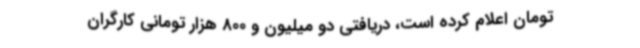
تومان اعلام کرده است، دریافتی دو میلیون و 800 هزار تومانی کارگران